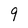
Character: 9